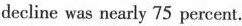
decline was nearly 75 percent.